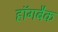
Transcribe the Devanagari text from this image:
हॉगबैक